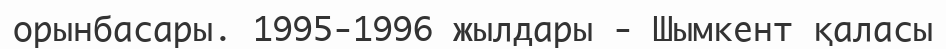
орынбасары. 1995-1996 жылдары - Шымкент қаласы